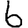
Digit: 6